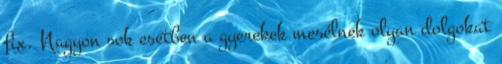
fix. Nagyon sok esetben a gyerekek mesélnek olyan dolgokat